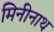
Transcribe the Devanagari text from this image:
मिनीनाथ